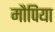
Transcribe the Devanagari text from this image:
मौपिया